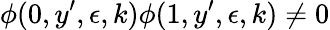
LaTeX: \phi(0,y^{\prime},\epsilon,k)\phi(1,y^{\prime},\epsilon,k)\neq 0